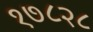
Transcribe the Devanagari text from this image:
१७८२८